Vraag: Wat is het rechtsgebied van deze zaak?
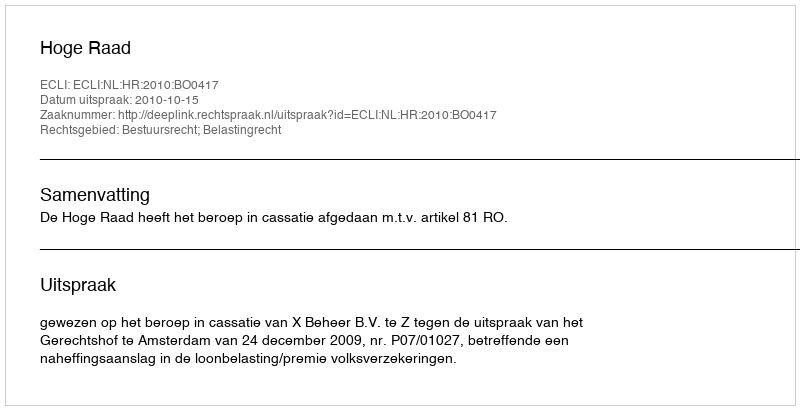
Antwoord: Bestuursrecht; Belastingrecht